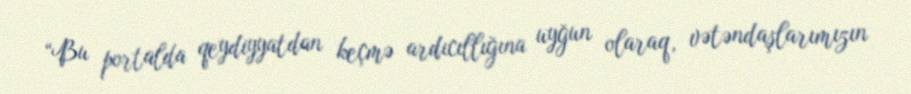
“Bu portalda qeydiyyatdan keçmə ardıcıllığına uyğun olaraq, vətəndaşlarımızın